Indian journal of veterinary science and animal husbandry - Volumes 28-29, 1958-1959
Year: 1958
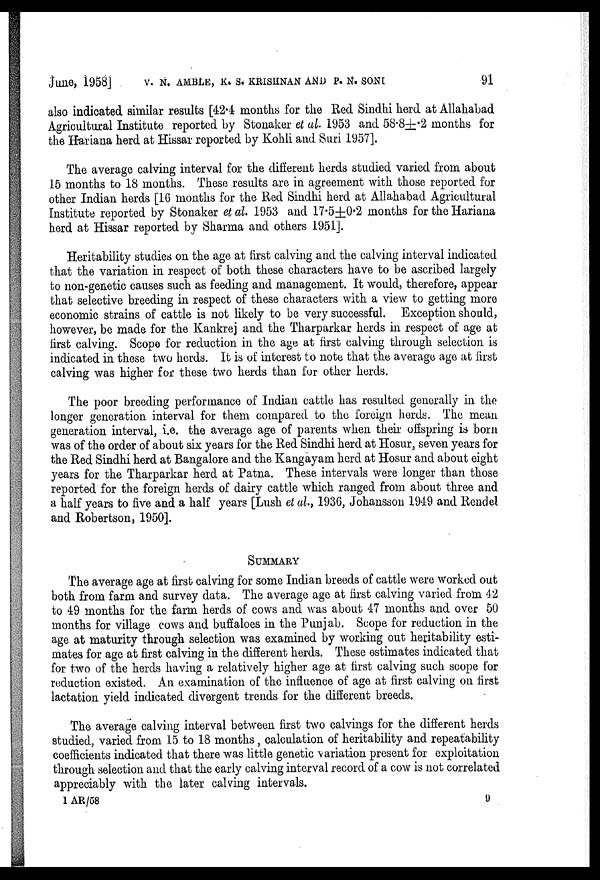
June, 1958J V. N. AMBLE, K. S. KRISHNAN AND P. N. SONI 91
also indicated similar results [42.4 months for the Red Sindhi herd at Allahabad
Agricultural Institute reported by Stonaker et al. 1953 and 58.8±.2 months for
the Hariana herd at Hissar reported by Kohli and Suri 1957].
The average calving interval for the different herds studied varied from about
15 months to 18 months. These results are in agreement with those reported for
other Indian herds [16 months for the Red Sindhi herd at Allahabad Agricultural
Institute reported by Stonaker et al. 1953 and 17.5±0.2 months for the Hariana
herd at Hissar reported by Sharma and others 1951].
Heritability studies on the age at first calving and the calving interval indicated
that the variation in respect of both these characters have to be ascribed largely
to non-genetic causes such as feeding and management. It would, therefore, appear
that selective breeding in respect of these characters with a view to getting more
economic strains of cattle is not likely to be very successful. Exception should,
however, be made for the Kankrej and the Tharparkar herds in respect of age at
first calving. Scope for reduction in the age at first calving through selection is
indicated in these two herds. It is of interest to note that the average age at first
calving was higher for these two herds than for other herds.
The poor breeding performance of Indian cattle has resulted generally in the
longer generation interval for them compared to the foreign herds. The mean
generation interval, i.e. the average age of parents when their offspring is born
was of the order of about six years for the Red Sindhi herd at Hosur, seven years for
the Red Sindhi herd at Bangalore and the Kangayam herd at Hosur and about eight
years for the Tharparkar herd at Patna. These intervals were longer than those
reported for the foreign herds of dairy cattle which ranged from about three and
a half years to five and a half years [Lush et al., 1936, Johansson 1949 and Rendel
and Robertson, 1950].
SUMMARY
The average age at first calving for some Indian breeds of cattle were worked out
both from farm and survey data. The average age at first calving varied from 42
to 49 months for the farm herds of cows and was about 47 months and over 50
months for village cows and buffaloes in the Punjab. Scope for reduction in the
age at maturity through selection was examined by working out heritability esti-
mates for age at first calving in the different herds. These estimates indicated that
for two of the herds having a relatively higher age at first calving such scope for
reduction existed. An examination of the influence of age at first calving on first
lactation yield indicated divergent trends for the different breeds.
The average calving interval between first two calvings for the different herds
studied, varied from 15 to 18 months, calculation of heritability and repeatability
coefficients indicated that there was little genetic variation present for exploitation
through selection and that the early calving interval record of a cow is not correlated
appreciably with the later calving intervals.
1 AR/58
9